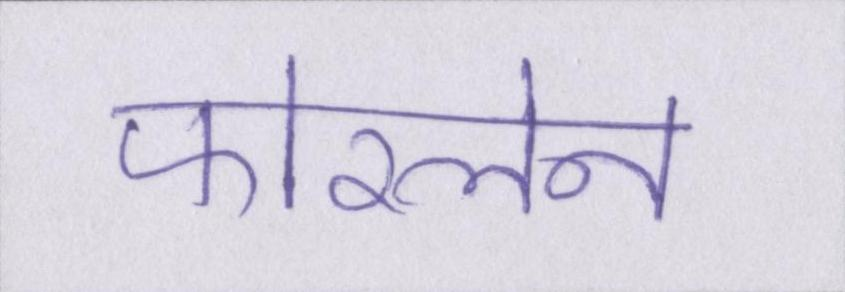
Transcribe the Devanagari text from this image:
फोरलेन